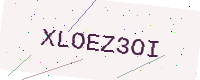
Text: XLOEZ3OI